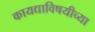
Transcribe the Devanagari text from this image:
कायद्याविषयीच्या